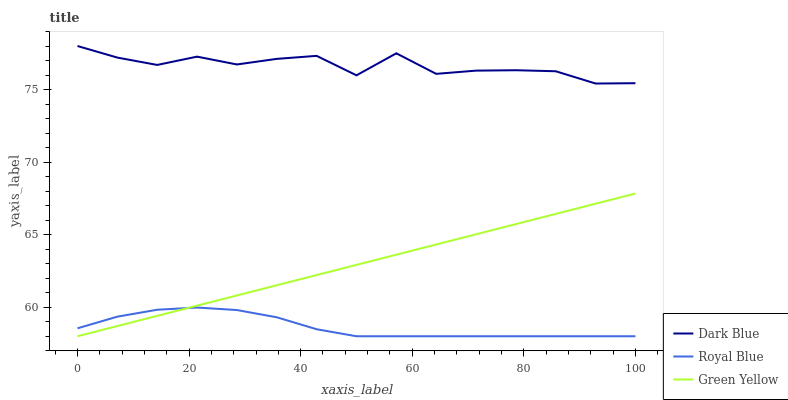
| xaxis_label | Dark Blue | Royal Blue | Green Yellow |
 | --- | --- | --- | --- |
 | 0 | 78 | 58.5 | 58 |
 | 7.14 | 77.2 | 59.3 | 58.7 |
 | 14.3 | 76.7 | 59.8 | 59.4 |
 | 21.4 | 77.3 | 60 | 60.1 |
 | 28.6 | 76.7 | 59.8 | 60.8 |
 | 35.7 | 77.1 | 59.3 | 61.5 |
 | 42.9 | 77.3 | 58.5 | 62.2 |
 | 50 | 76 | 58 | 62.9 |
 | 57.1 | 77.5 | 58 | 63.6 |
 | 64.3 | 76.1 | 58 | 64.3 |
 | 71.4 | 76.3 | 58 | 65 |
 | 78.6 | 76.3 | 58 | 65.7 |
 | 85.7 | 76.3 | 58 | 66.4 |
 | 92.9 | 75.4 | 58 | 67.1 |
 | 100 | 75.4 | 58 | 67.8 |